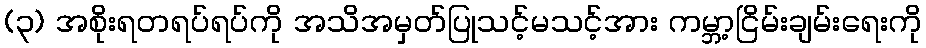
(၃) အစိုးရတရပ်ရပ်ကို အသိအမှတ်ပြုသင့်မသင့်အား ကမ္ဘာ့ငြိမ်းချမ်းရေးကို